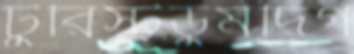
টুরিস্টডুমদিগ